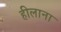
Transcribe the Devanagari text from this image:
हीलाना